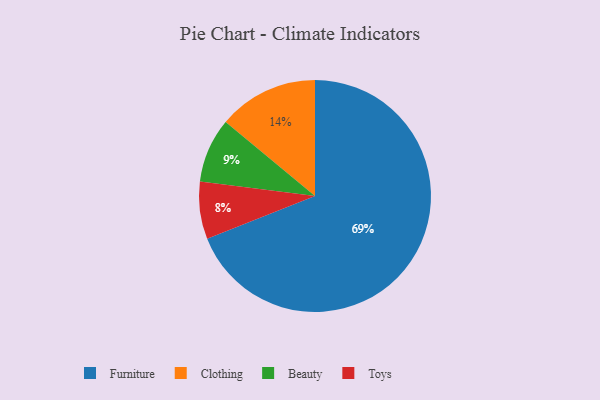
{"axis": {"x": "Category", "y": "Percentage"}, "legend": ["Beauty", "Clothing", "Furniture", "Toys"], "data": [{"x": "Toys", "y": 8, "type": "Toys"}, {"x": "Clothing", "y": 14, "type": "Clothing"}, {"x": "Beauty", "y": 9, "type": "Beauty"}, {"x": "Furniture", "y": 69, "type": "Furniture"}]}